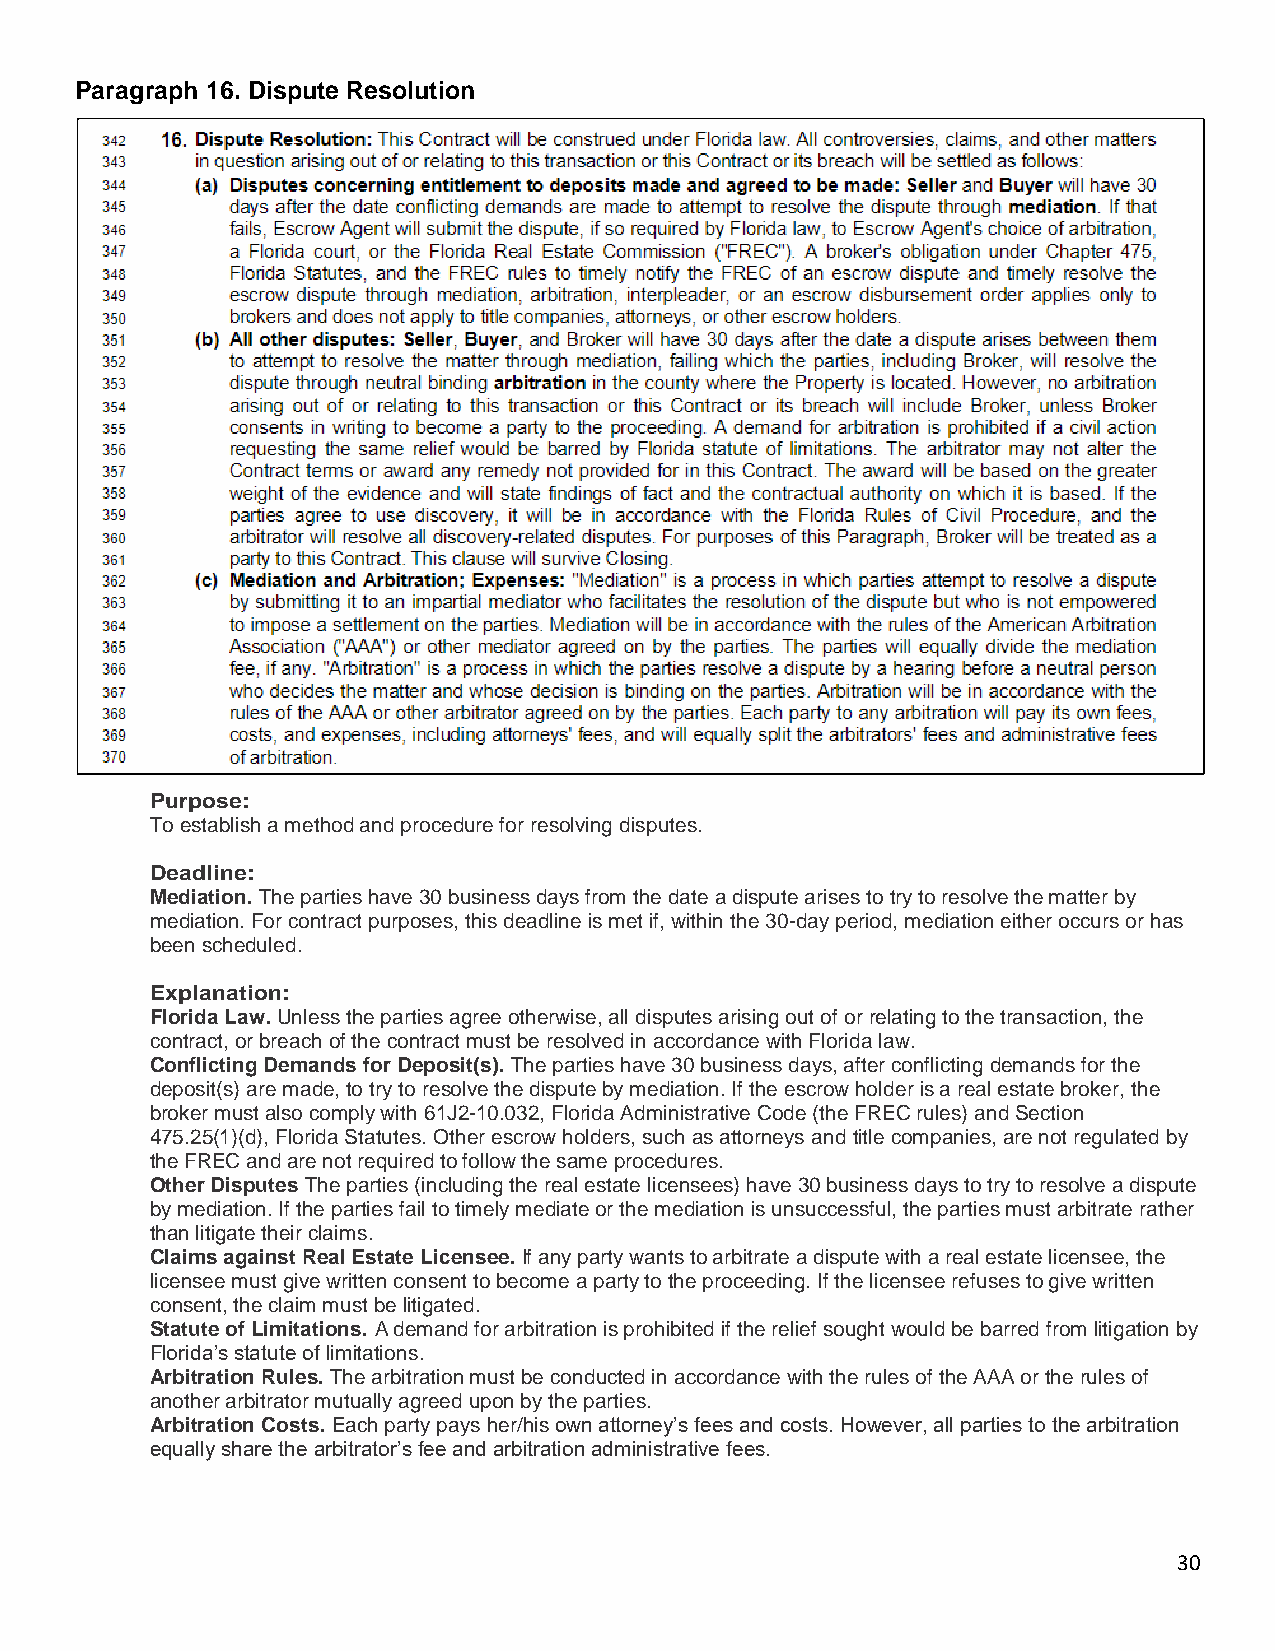
Paragraph 16. Dispute Resolution
 Purpose:
 To establish a method and procedure for resolving disputes.
 Deadline:
 Mediation. The parties have 30 business days from the date a dispute arises to try to resolve the matter by
 mediation. For contract purposes, this deadline is met if, within the 30-day period, mediation either occurs or has
 been scheduled.
 Explanation:
 Florida Law. Unless the parties agree otherwise, all disputes arising out of or relating to the transaction, the
 contract, or breach of the contract must be resolved in accordance with Florida law.
 Conflicting Demands for Deposit(s). The parties have 30 business days, after conflicting demands for the
 deposit(s) are made, to try to resolve the dispute by mediation. If the escrow holder is a real estate broker, the
 broker must also comply with 61J2-10.032, Florida Administrative Code (the FREC rules) and Section
 475.25(1)(d), Florida Statutes. Other escrow holders, such as attorneys and title companies, are not regulated by
 the FREC and are not required to follow the same procedures.
 Other Disputes The parties (including the real estate licensees) have 30 business days to try to resolve a dispute
 by mediation. If the parties fail to timely mediate or the mediation is unsuccessful, the parties must arbitrate rather
 than litigate their claims.
 Claims against Real Estate Licensee. If any party wants to arbitrate a dispute with a real estate licensee, the
 licensee must give written consent to become a party to the proceeding. If the licensee refuses to give written
 consent, the claim must be litigated.
 Statute of Limitations. A demand for arbitration is prohibited if the relief sought would be barred from litigation by
 Florida’s statute of limitations.
 Arbitration Rules. The arbitration must be conducted in accordance with the rules of the AAA or the rules of
 another arbitrator mutually agreed upon by the parties.
 Arbitration Costs. Each party pays her/his own attorney’s fees and costs. However, all parties to the arbitration
 equally share the arbitrator’s fee and arbitration administrative fees.
 30